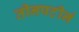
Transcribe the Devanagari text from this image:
तीनपटीनं